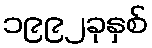
၁၉၉၂ခုနှစ်